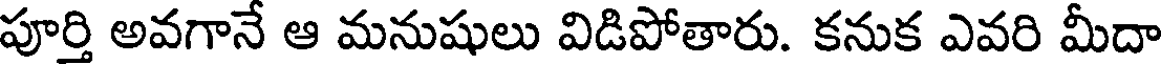
పూర్తి అవగానే ఆ మనుషులు విడిపోతారు. కనుక ఎవరి మీదా